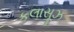
કલાસૂઝ